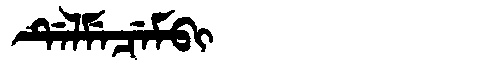
Manchu: ᡩᡝᠯᠮᡝᠴᡝᠮᠪᡳ
Romanization: DELMECEMBI